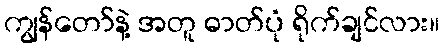
ကျွန်တော်နဲ့ အတူ ဓာတ်ပုံ ရိုက်ချင်လား။